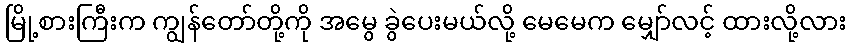
မြို့စားကြီးက ကျွန်တော်တို့ကို အမွေ ခွဲပေးမယ်လို့ မေမေက မျှော်လင့် ထားလို့လား